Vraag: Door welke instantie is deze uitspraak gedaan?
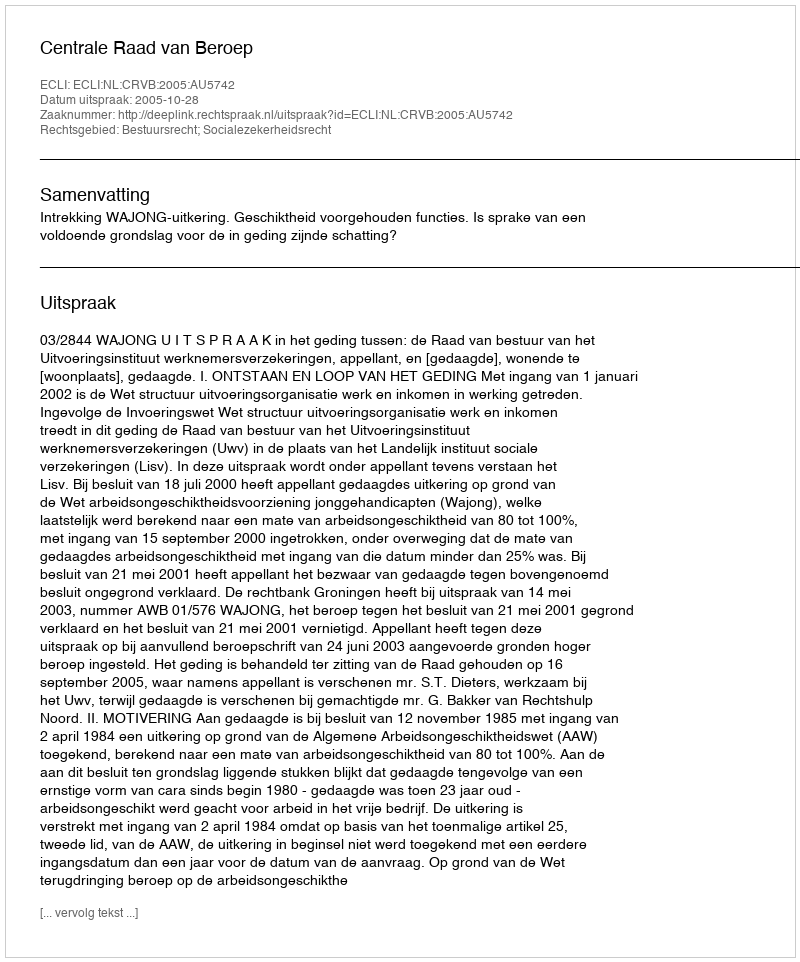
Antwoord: Centrale Raad van Beroep